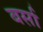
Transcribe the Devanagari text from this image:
बर्सा